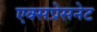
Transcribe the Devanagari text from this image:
एक्सप्रेसनेट